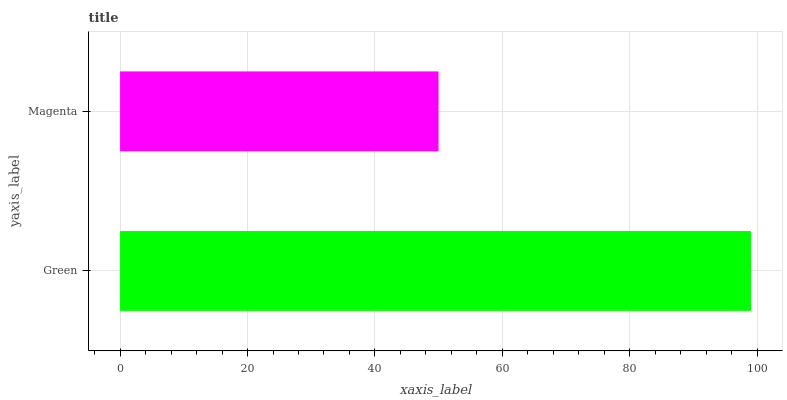
| yaxis_label | bars |
 | --- | --- |
 | Green | 99 |
 | Magenta | 50 |